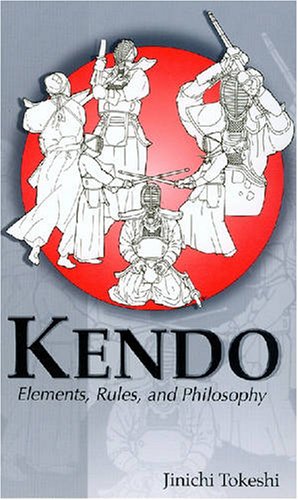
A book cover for Kendo: Elements, Rules, and Philosophy (Latitude 20 Books); Jinichi Tokeshi; Sports & Outdoors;